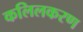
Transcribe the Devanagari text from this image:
कलिलकरण